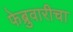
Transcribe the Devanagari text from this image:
फेब्रुवारीचा